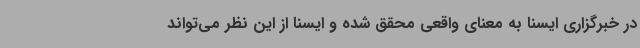
در خبرگزاری ایسنا به معنای واقعی محقق شده و ایسنا از این نظر می‌تواند